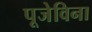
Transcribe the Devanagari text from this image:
पूजेविना